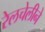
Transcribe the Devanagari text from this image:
रेलचेलीने